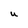
Character: U